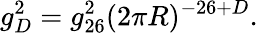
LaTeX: g_{D}^{2}=g_{26}^{2}(2\pi R)^{-26+D}.